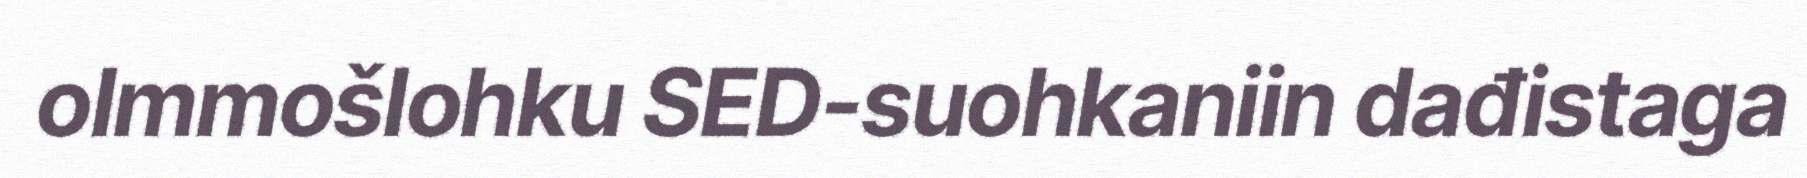
olmmošlohku SED-suohkaniin dađistaga